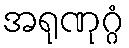
အရုဏုဂ္ဂံ